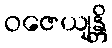
ဝဇေယျန္တိ